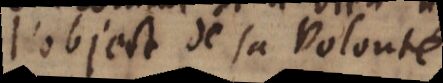
l’object de sa volont